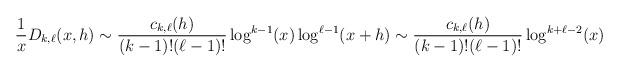
LaTeX: \begin{align*} \frac{1}{x} D_{k,\ell}(x,h) \sim \frac{c_{k,\ell}(h)}{(k-1)!(\ell-1)!} \log^{k-1}(x) \log^{\ell-1}(x+h) \sim \frac{c_{k,\ell}(h)}{(k-1)!(\ell-1)!} \log^{k+\ell-2}(x) \end{align*}